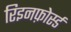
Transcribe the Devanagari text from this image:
रिइनफ़ोर्स्ड